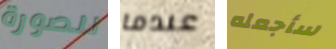
للصورة عندما سأجعله